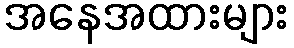
အနေအထားများ